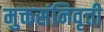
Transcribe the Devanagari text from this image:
मुक्तसंनिवृत्ती